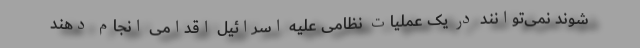
شوند نمی‌توانند در یک عملیات نظامی علیه اسرائیل اقدامی انجام دهند